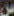
عس